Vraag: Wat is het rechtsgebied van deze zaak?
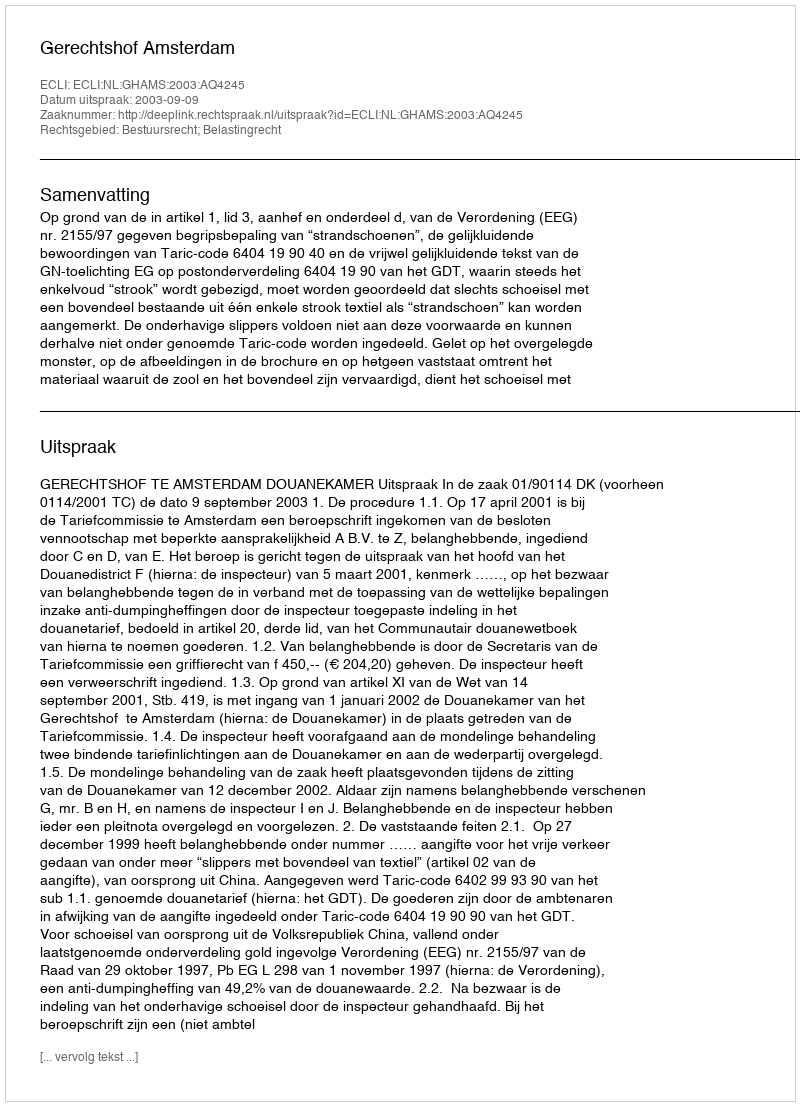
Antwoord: Bestuursrecht; Belastingrecht